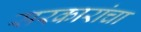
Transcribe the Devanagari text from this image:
सरकारांचा